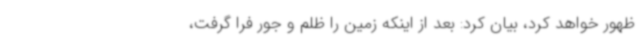
ظهور خواهد کرد، بیان کرد: بعد از اینکه زمین را ظلم و جور فرا گرفت،